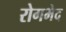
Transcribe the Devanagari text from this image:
रोगभेद